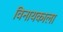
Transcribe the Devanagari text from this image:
विनायकाला